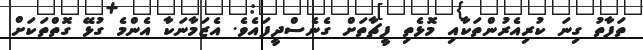
ތަފާތު ގިނަ ކުރިއެރުންތަކާއި މޮޅެތި ފީޗާތަށް ގެނެސްދީފައެވެ. އެޒަމާނަކާ އެންމެ ގުޅޭ ގޮތްތަކަށް